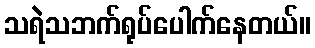
သရဲသဘက်ရုပ်ပေါက်နေတယ်။